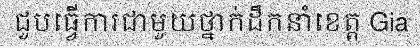
ជួបធ្វើការជាមួយថ្នាក់ដឹកនាំខេត្ត Gia